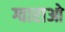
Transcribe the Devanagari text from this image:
ग्वाराओ